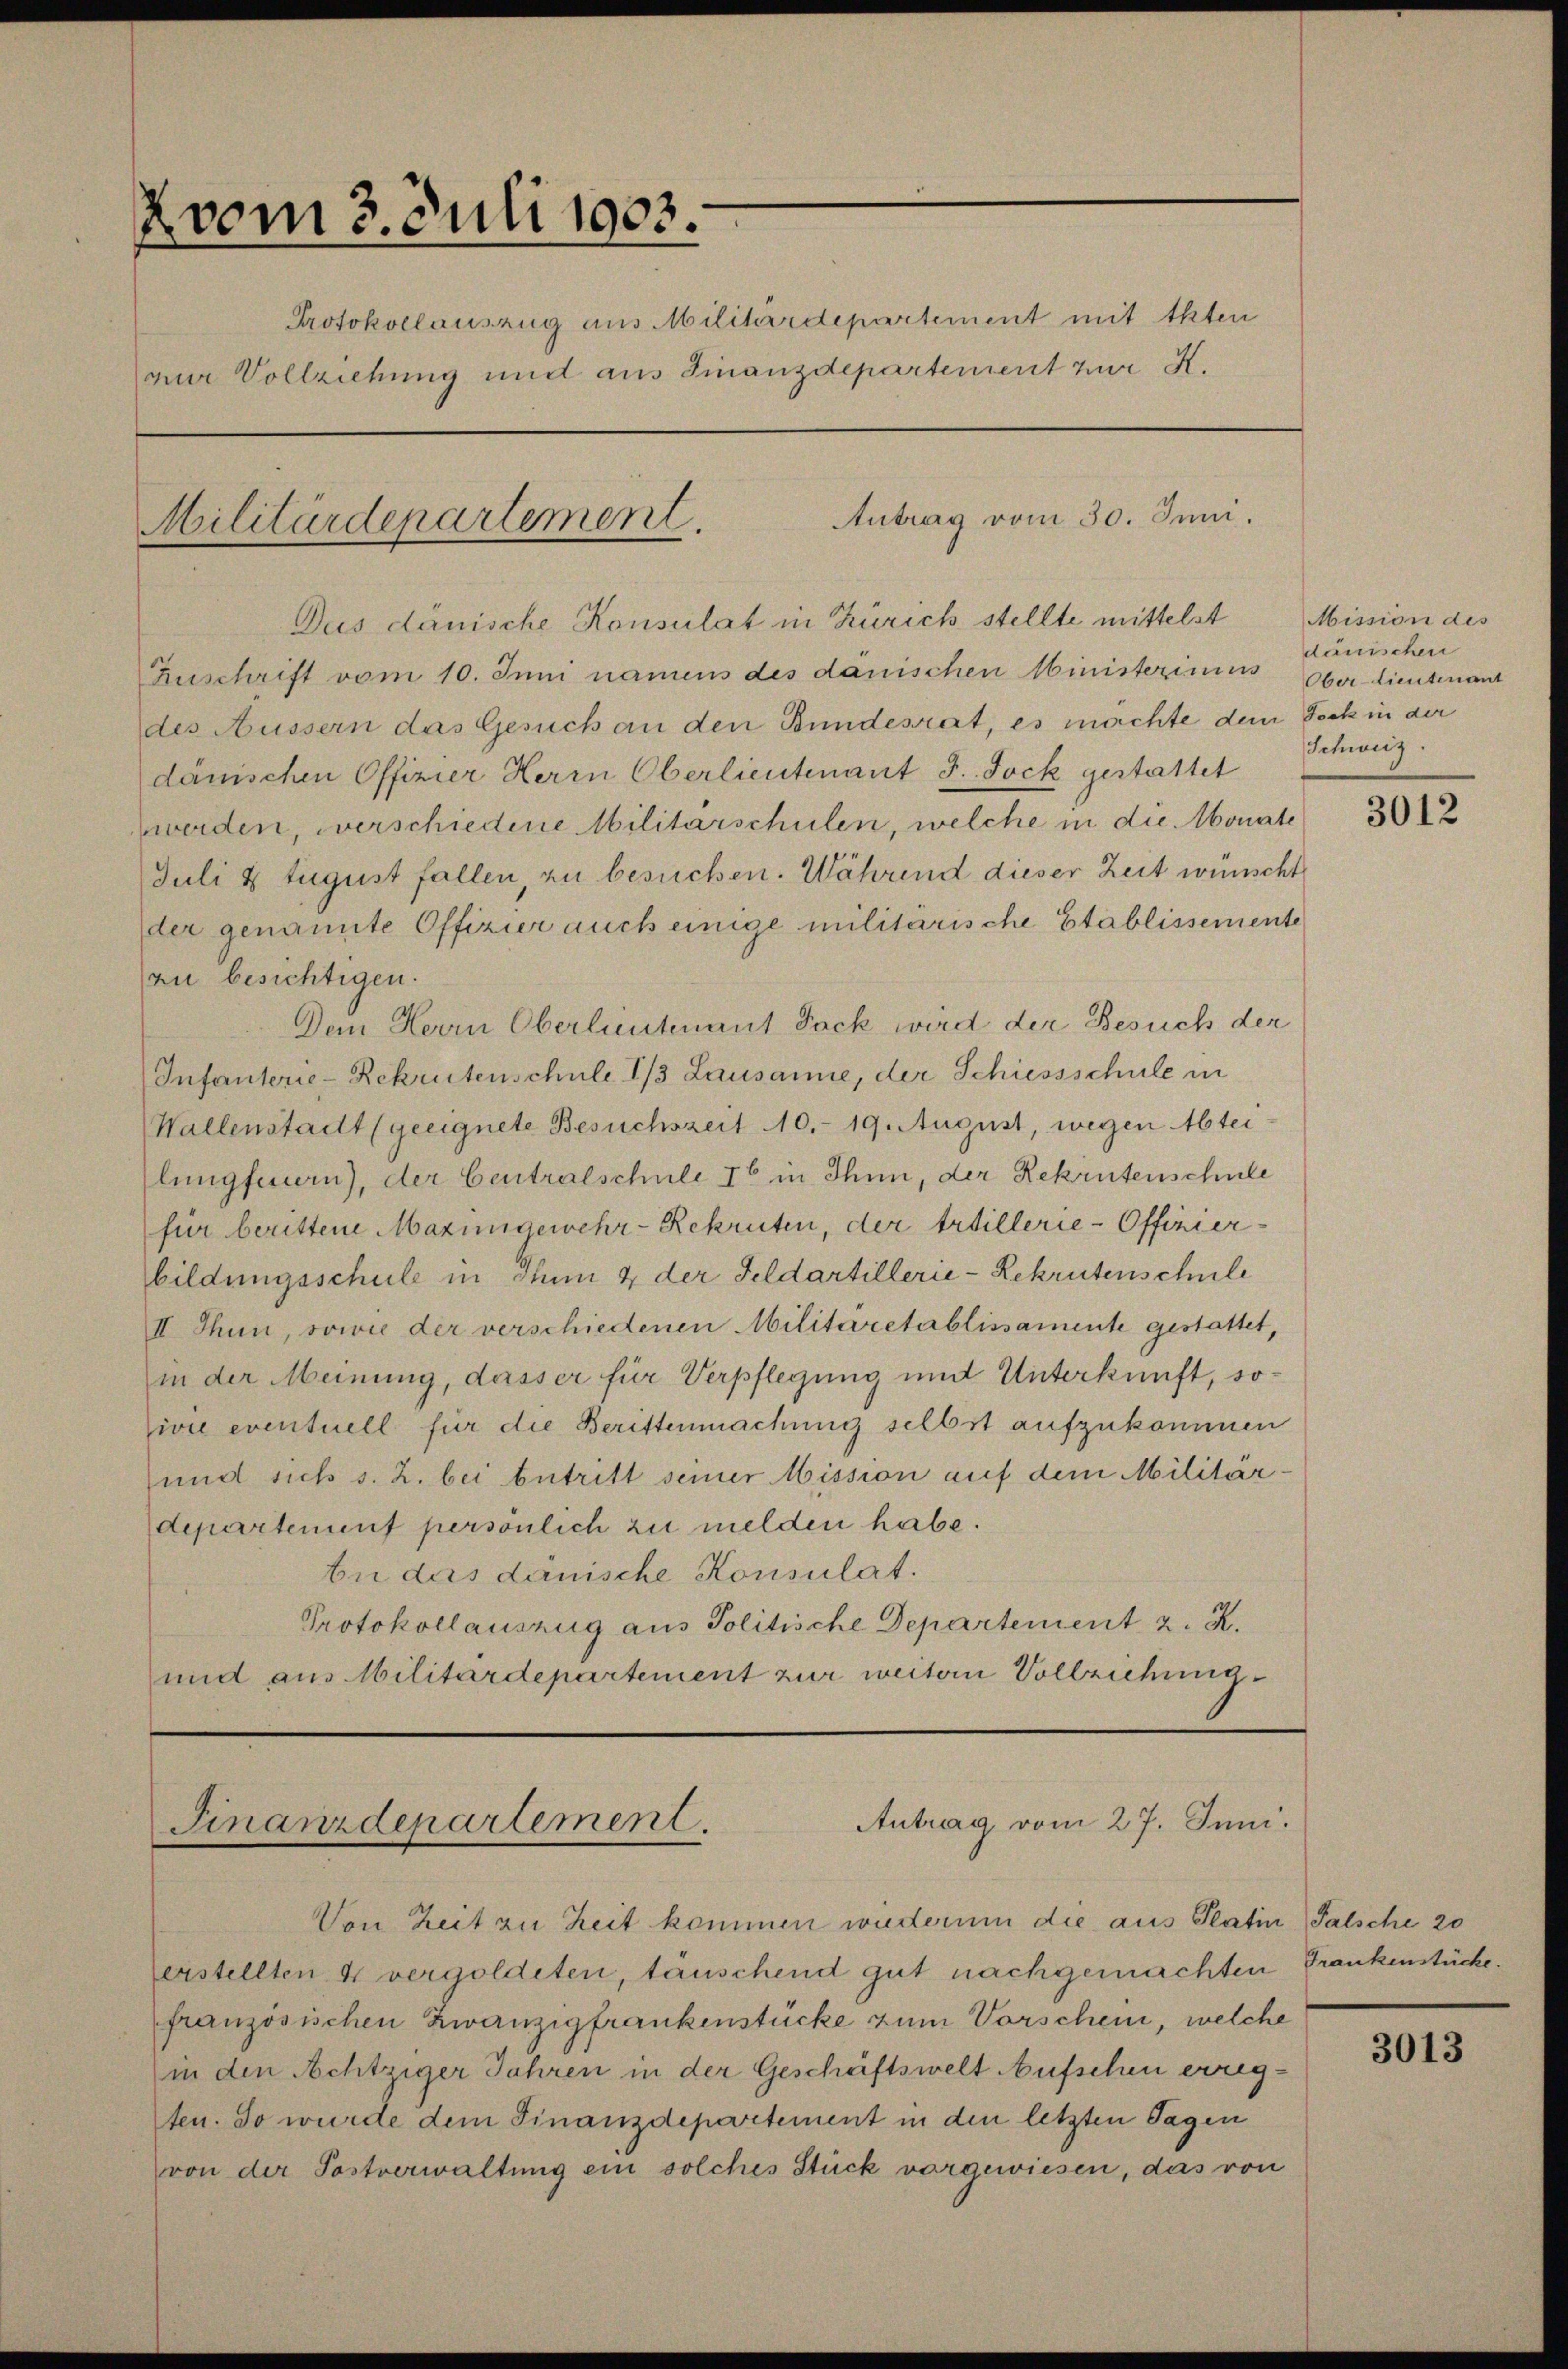
2vom 3. Juli 1903.
zur Vollziehung und aus Finanzdepartement zur K.
Antrag vom 30. Juni.
Militärdepartement.

Protokollauszug aus Militärdepartement mit Akten

Das dänische Konsulat in Zürich stellte mittelst Mission des

Zuschrift vom 10. Juni namens des danischen Ministeriums Oberlieutenant
des Aussern das Gesuch an den Bundesrat, es möchte dem Teck in der
danischen Offizier Herrn Oberlieutenant J. Jock gestattet
werden, verschiedene Militärschulen, welche in die Monate
Juli 8 August fallen zu besuchen. Während dieser Zeit wünscht
der genannte Offizier auch einige militarische Etablissemente
zu besichtigen.
Dem Herrn Oberleutenant Jack wird der Besuch der
Infanterie-Rekrutenschule 1/3 Lausanne, der Schiessschule in
Wallenstadt (geeignete Besuchszeit 10. 19. August, wegen Abteilungfeuern), der Centralschule 16 in Thun, der Rekrutenschule
für berittene Mazingewehr-Rekruten, der Artillerie-Offizier-
bildungsschule in Thun & der Feldartillerie-Rekrutenschule
II Thun, sowie der verschiedenen Militaretablissamente gestattet,
(in der Meinung, dasser für Verpflegung und Unterkunft, soivie eventuell für die Berittenmachung selbst aufzukommen
und sich s. Z. bei betritt seiner Mission auf dem Militär
departement persönlich zu melden habe.
be das danische Konsulat.
Protokollauszug aus Politische Departement . .
und aus Militärdepartement zur weitern Vollziehung

Antrag vom 27. Juni.
Finanzdepartement.
Von Zeit zu Zeit kommen wiederum die aus Platin Falsche 20

erstellten 4 vergoldeten, täuschend gut nachgemachten Frankenstücke.
französischen Zwanzigfrankenstücke zum Vorschein, welche
in den Achtziger Jahren in der Geschäftswelt Aufschen erregten. So wurde dem Finanzdepartement in den letzten Tagen
von der Postverwaltung ein solches Stück vorgewiesen, das von

dänischen
schweiz.

3012

3013